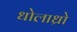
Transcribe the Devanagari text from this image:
धोलाध्रो